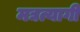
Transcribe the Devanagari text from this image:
मद्यत्यागी